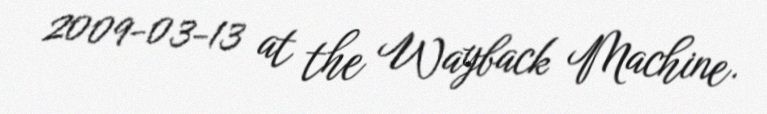
2009-03-13 at the Wayback Machine.